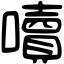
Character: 𡂝